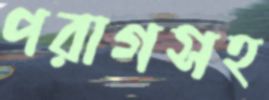
পরাগসহ